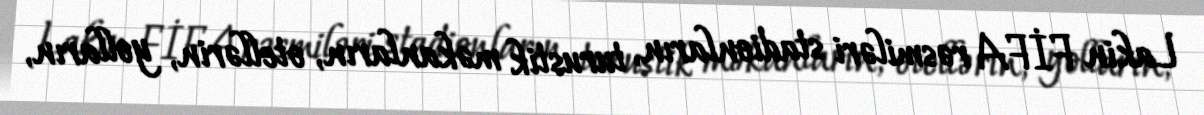
Lakin FİFA rəsmiləri stadionların, turustik məkanların, otellərin, yolların,